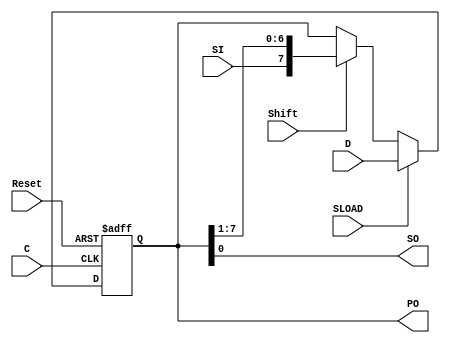
`timescale 1ns / 1ps
//////////////////////////////////////////////////////////////////////////////////
// Company: 
// Engineer: 
// 
// Design Name: 
// Module Name:    ShiftRegisterWeb 
// Project Name: 
// Target Devices: 
// Tool versions: 
// Description: 
//
// Dependencies: 
//
// Revision: 
// Revision 0.01 - File Created
// Additional Comments: 
//
//////////////////////////////////////////////////////////////////////////////////
module ShiftRegisterWeb (C, SLOAD, SI, D, SO, PO, Reset,Shift); 
input  C,SI,SLOAD,Reset,Shift; 
input [7:0] D; 
output SO;
output [7:0] PO; 
reg [7:0] tmp; 
 
  always @(posedge C or posedge Reset) 
  begin 
    if (Reset) tmp = 0;
    else if (SLOAD) 
      tmp = D; 
    else 
      begin 
        if(Shift)tmp = {SI, tmp[7:1]}; 
      end 
  end 
  assign SO  = tmp[0];
  assign PO = tmp;
endmodule